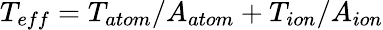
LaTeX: T_{eff}=T_{atom}/A_{atom}+T_{ion}/A_{ion}